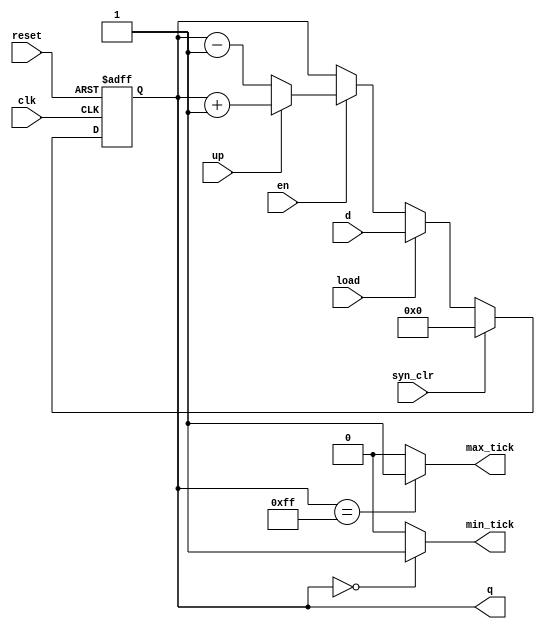
`timescale 1ns / 1ps
//////////////////////////////////////////////////////////////////////////////////
// Company: 
// Engineer: 
// 
// Design Name: 
// Module Name:    univ_bin_counter 
// Project Name: 
// Target Devices: 
// Tool versions: 
// Description: 
//
// Dependencies: 
//
// Revision: 
// Revision 0.01 - File Created
// Additional Comments: 
//
//////////////////////////////////////////////////////////////////////////////////
 module univ_bin_counter
    #(parameter N = 8)
	 (
     input wire clk, reset,
	  input syn_clr, load, en, up,
	  input [N-1:0] d,
	  output wire max_tick, //to show counted till max
	  output wire min_tick,
	  output wire [N-1:0] q
    );
   reg [N-1:0] r_reg; 
	reg [N-1:0] r_next;
	
	always @(posedge clk, posedge reset)
	 if(reset)
	  r_reg <= 0;
	 else
	  r_reg <= r_next;
	  
	always @*
	 begin
	  if(syn_clr)
	   r_next = 0;
	  else if(load)
	   r_next = d;
	  else if(en)
	   begin
	    if(up)
		  r_next = r_reg + 1;
		 else
		  r_next = r_reg - 1;
		end
	  else
	   r_next = r_reg;
    end
	 
	assign q = r_reg;
	assign max_tick = (r_reg == (2**N - 1)) ? 1 : 0; //can act as enable for other units
   assign min_tick = (r_reg == 0) ? 1 : 0;
 endmodule